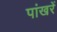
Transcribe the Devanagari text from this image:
पांखरें